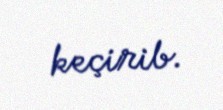
keçirib.